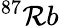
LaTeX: ^{87}\mathcal{R}b